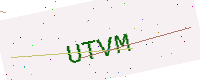
Text: UTVM